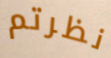
نظرتم